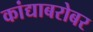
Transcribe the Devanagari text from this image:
कांद्याबरोबर